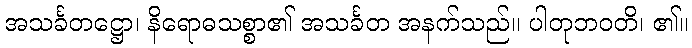
အသင်္ခတဋ္ဌော၊ နိရောဓသစ္စာ၏ အသင်္ခတ အနက်သည်။ ပါတုဘဝတိ၊ ၏။